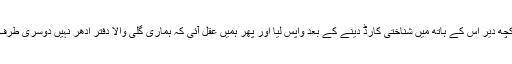
آخر کچھ دیر اس کے ہاتھ میں شناختی کارڈ دینے کے بعد واپس لیا اور پھر ہمیں عقل آئی کہ ہماری گلی والا دفتر ادھر نہیں دوسری طرف ہے۔